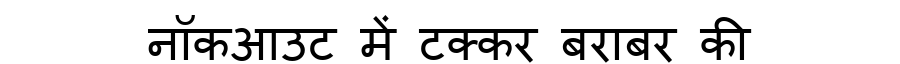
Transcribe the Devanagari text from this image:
नॉकआउट में टक्कर बराबर की